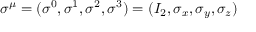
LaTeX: \sigma ^ { \mu } = ( \sigma ^ { 0 } , \sigma ^ { 1 } , \sigma ^ { 2 } , \sigma ^ { 3 } ) = ( I _ { 2 } , \sigma _ { x } , \sigma _ { y } , \sigma _ { z } )